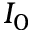
I _ { 0 }